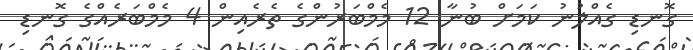
ގޮނޑި ގެއްލުނު ކަމަށް ބުނާ 12 މެމްބަރުންގެ ތެރެއިން 4 މެމްބަރެއްގެ ގޮނޑި